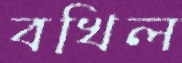
বখিল